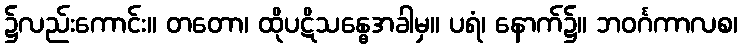
၌လည်းကောင်း။ တတော၊ ထိုပဋိသန္ဓေအခါမှ။ ပရံ၊ နောက်၌။ ဘဝင်္ဂကာလစ၊